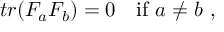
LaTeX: t r ( F _ { a } F _ { b } ) = 0 \ \ \ \mathrm { i f } \ a \not = b \ ,